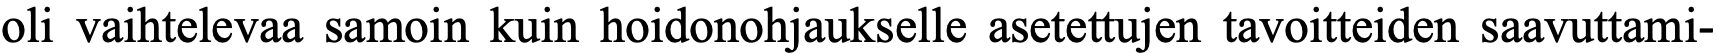
oli vaihtelevaa samoin kuin hoidonohjaukselle asetettujen tavoitteiden saavuttami-